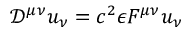
{ \mathcal { D } } ^ { \mu \nu } u _ { \nu } = c ^ { 2 } \epsilon F ^ { \mu \nu } u _ { \nu }